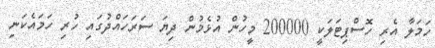
ހަމަލާ އެރި ހޮސްޕިޓަލަކީ 200000 މީހުން އުޅެމުން ދިޔަ ސަރަހައްދުގައި ހުރި ހަމައެކަނި